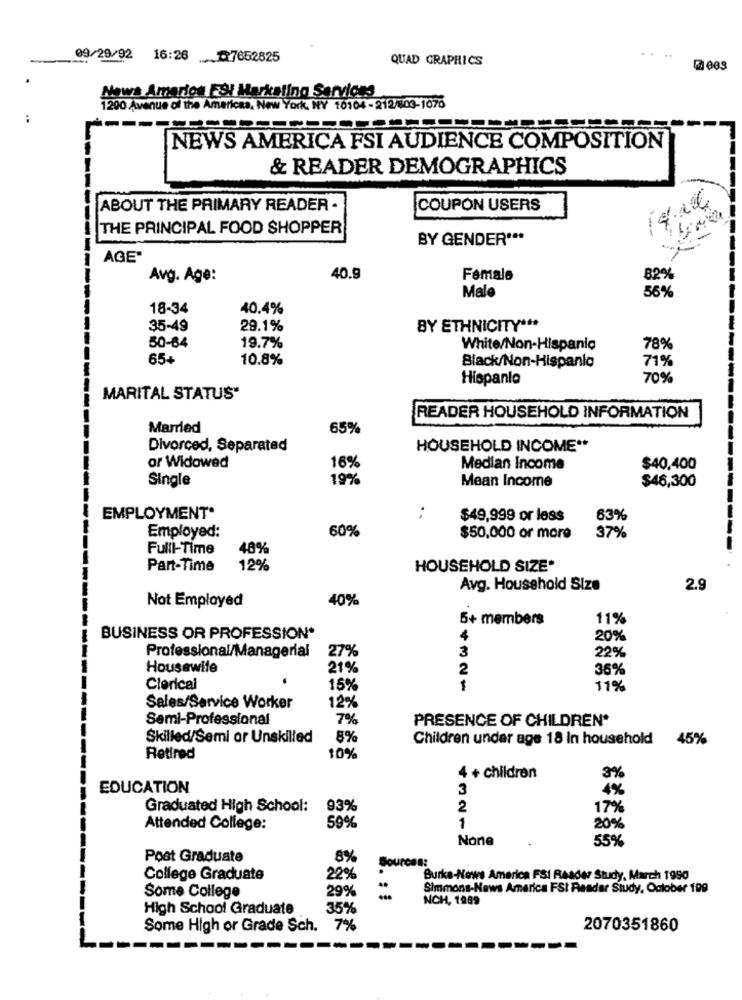
09/29/92 16:26 7652825
QUAD GRAPHICS
News Amarion ESI Marketing Services
1290 Avenue of the Americas, New York, NY 10104-212/803-1076
NEWS AMERICA FSI AUDIENCE COMPOSITION
& READER DEMOGRAPHICS
ABOUT THE PRIMARY READER .
COUPON USERS
THE PRINCIPAL FOOD SHOPPER
BY GENDER ***
AGE"
Avg. Age:
40.9
Female
82%
Male
56%
18-34
40.4%
35-49
29.1%
BY ETHNICITY ***
50-64
19.7%
White/Non-Hispanic
78%
65+
10.8%
Black/Non-Hispanic
71%
Hispania
70%
MARITAL STATUS"
READER HOUSEHOLD INFORMATION
Married
65%
Divorced, Separated
HOUSEHOLD INCOME **
or Widowed
16%
Median Income
$40,400
Single
19%
Mean Income
$46,300
EMPLOYMENT*
..
$49,999 or less
63%
60%
Employed:
$50,000 or more
37%
Fulll-Time
48%
Part-Time
12%
HOUSEHOLD SIZE*
Avg. Household Size
2.9
40%
Not Emplayed
5+ members
11%
BUSINESS OR PROFESSION*
4
20%
Professional/Managerial
27%
3
22%
Housewife
21%
2
36%
Clerical
15%
11%
12%
Sales/Service Worker
Semi-Professional
7%
PRESENCE OF CHILDREN*
Skilled/Semi or Unskilled
8%
Children under age 18 In household
45%
Retired
10%
4 + children
3%
EDUCATION
3
4%
Graduated High School:
93%
2
17%
59%
Attended College:
1
20%
55%
Post Graduate
8%
Sources:
College Graduate
22%
Burke-Nows America FSI RAa64 Study, March 1990
Some College
29%
Simmons-News America FSI Reader Study, October 199
NCH, 1989
High School Graduate
35%
Some High or Grade Sch. 7%
2070351860